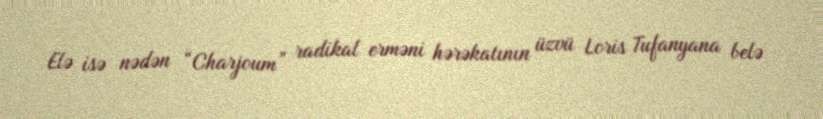
Elə isə nədən “Charjoum” radikal erməni hərəkatının üzvü Loris Tufanyana belə